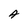
Character: A